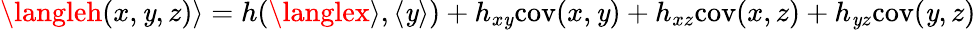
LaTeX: \langleh(x,\mathit{y},z)\rangle=h(\langlex\rangle,\langle\mathit{y}\rangle)+h_{x\mathit{y}}\mathrm{{cov}}(x,\mathit{y})+h_{xz}\mathrm{{cov}}(x,z)+h_{\mathit{y}z}\mathrm{{cov}}(\mathit{y},z)